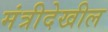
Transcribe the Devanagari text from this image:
मंत्रीदेखील